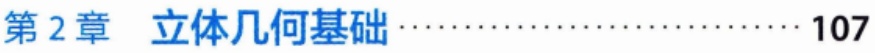
第2章 立体几何基础\cdots\cdots\cdots\cdots\cdots\cdots\cdots\cdots\cdots\cdots 107